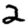
Digit: 2